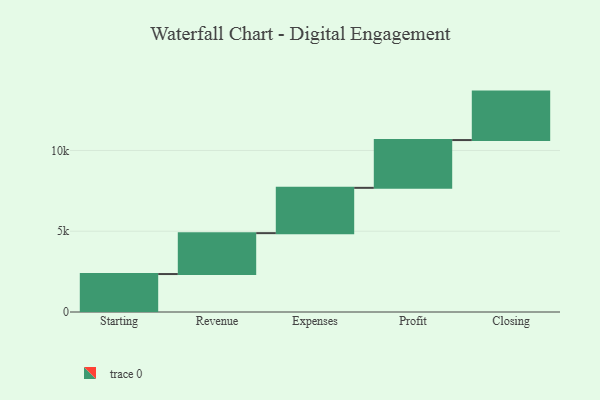
{"axis": {"x": "Step", "y": "Value"}, "legend": [""], "data": [{"x": "Starting", "y": 2350.0, "type": ""}, {"x": "Revenue", "y": 2532.0, "type": ""}, {"x": "Expenses", "y": 2804.0, "type": ""}, {"x": "Profit", "y": 2958.0, "type": ""}, {"x": "Closing", "y": 3000, "type": ""}]}